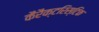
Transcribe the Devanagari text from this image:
कैरैक्टरिस्टिक